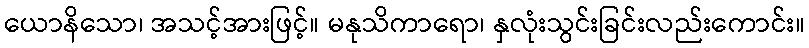
ယောနိသော၊ အသင့်အားဖြင့်။ မနုသိကာရော၊ နှလုံးသွင်းခြင်းလည်းကောင်း။